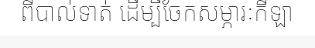
ពីបាល់ទាត់ ដើម្បីចែកសម្ភារៈកីឡា